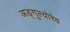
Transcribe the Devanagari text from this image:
अङ्गुल्योरेव